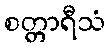
စတ္တာရီသံ